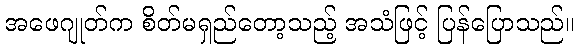
အဖေဂျုတ်က စိတ်မရှည်တော့သည့် အသံဖြင့် ပြန်ပြောသည်။